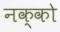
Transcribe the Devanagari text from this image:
नक्को